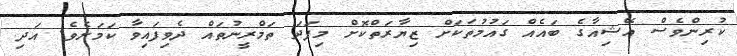
ކުރިންވެސް އޭޝިއާގެ ބައެއް ގައުމުތަކަށް ޒިޔާރަތްކޮށް މިފަދަ ތަމްރީނުތައް ދެވިފައިވާ ކަމަށެވެ. އަދި